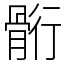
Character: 䯒